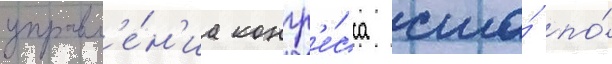
управл'е́н'иа конгр'е́сса сша́ по́